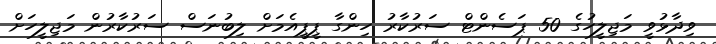
ވިދާޅުވީ މަޖިލީހުގެ 50 ޕަސެންޓް ސަރުކާރު ހިންގާ ޕީޕީއެމަށް ލިބުނަސް ސަރުކާރުން މަޖިލީހަށް